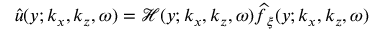
\boldsymbol { \widehat { u } } ( y ; k _ { x } , k _ { z } , \omega ) = \mathcal { H } ( y ; k _ { x } , k _ { z } , \omega ) \boldsymbol { \widehat { f } } _ { \xi } ( y ; k _ { x } , k _ { z } , \omega )